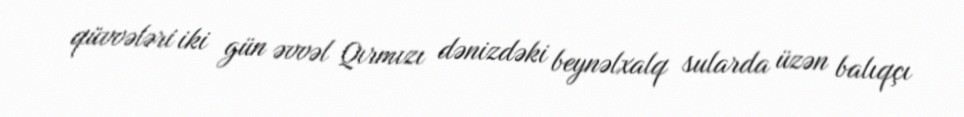
qüvvələri iki gün əvvəl Qırmızı dənizdəki beynəlxalq sularda üzən balıqçı